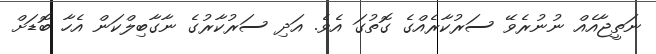
ނަތީޖާއެއް ނުނުރެވޭ ސަރުކާރެއްގެ ގޮތުގަ އެވެ. އަދި ސަރުކާރުގެ ނާގާބިލްކަން އެހާ ބޮޑަށް